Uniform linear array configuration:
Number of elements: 32
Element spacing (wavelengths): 0.25
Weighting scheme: kaiser
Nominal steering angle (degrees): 30
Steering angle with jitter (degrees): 28.484
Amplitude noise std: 0.05
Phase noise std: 0.05

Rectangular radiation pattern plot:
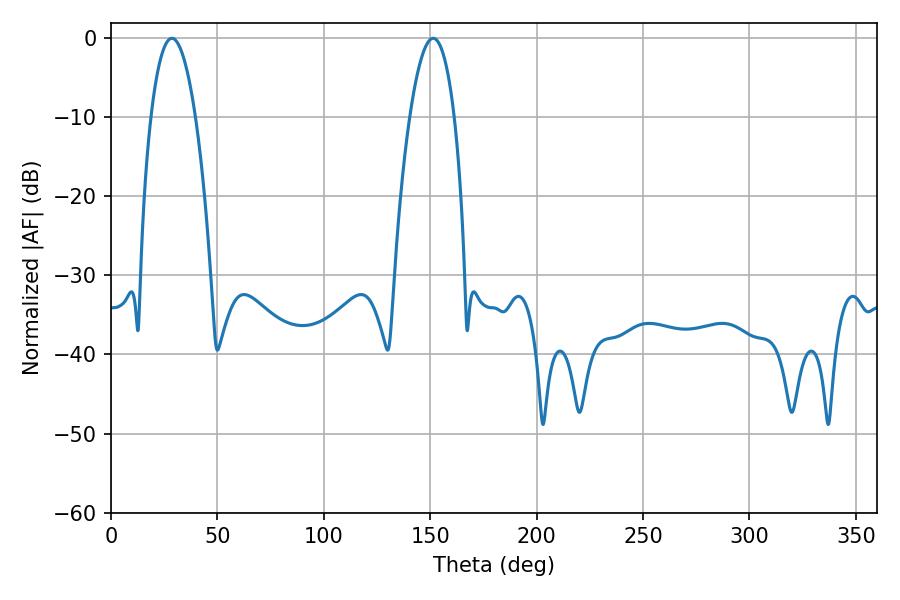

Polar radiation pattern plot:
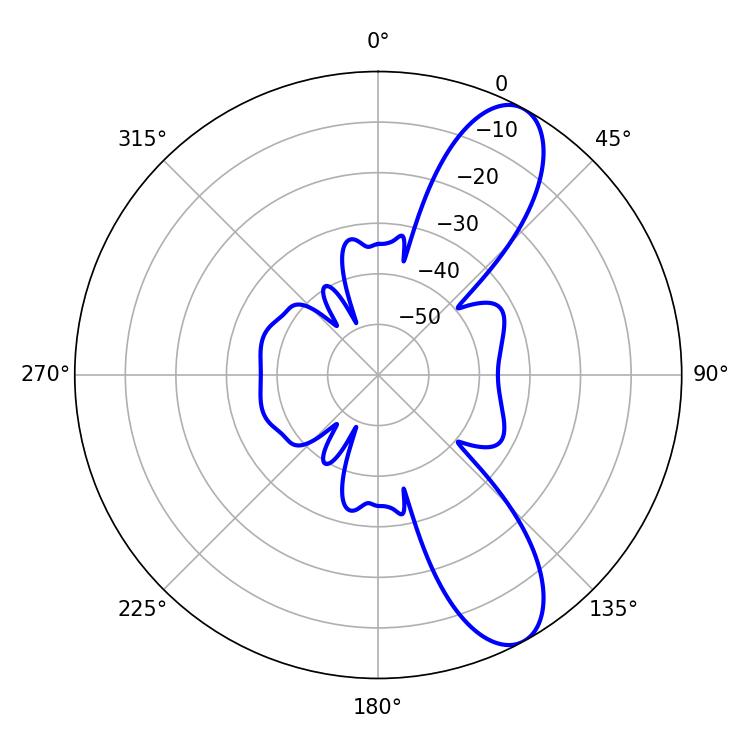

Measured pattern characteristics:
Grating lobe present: FALSE
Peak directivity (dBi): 9.812
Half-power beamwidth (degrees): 11.52
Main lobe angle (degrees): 28.62